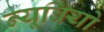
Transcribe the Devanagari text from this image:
न्यूबियो